Vaccination in Bombay 1874-1876 - 1874-1876
Year: 1874
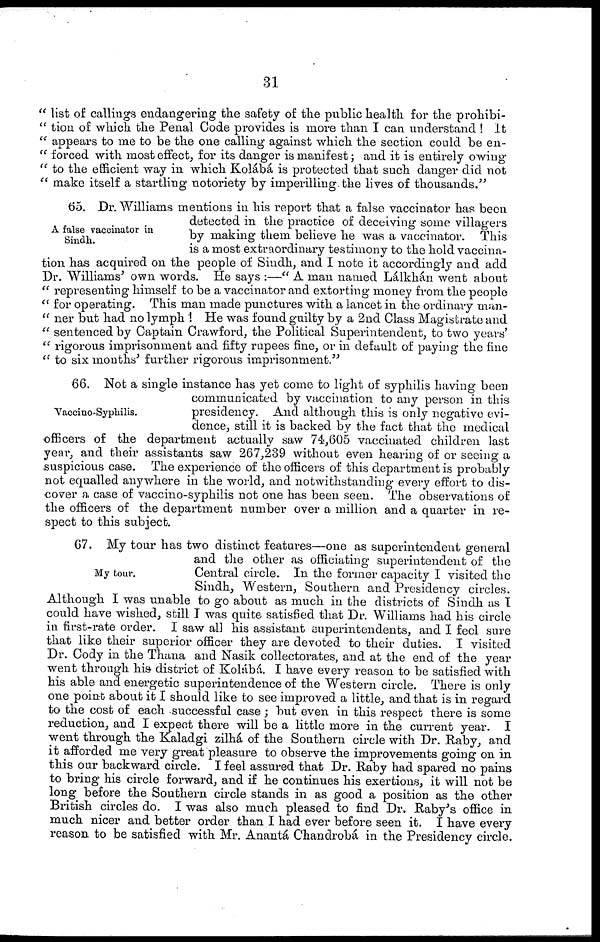
31
" list of callings endangering the safety of the public health for the prohibi¬
" tion of which the Penal Code provides is more than I can understand ! It
" appears to me to be the one calling against which the section could be en¬
" forced with most effect, for its danger is manifest; and it is entirely owing
" to the efficient way in which Kolábá is protected that such danger did not
" make itself a startling notoriety by imperilling the lives of thousands."
A false vaccinator in
Sindh.
65. Dr. Williams mentions in his report that a false vaccinator has been
detected in the practice of deceiving some villagers
by making them believe he was a vaccinator. This
is a most extraordinary testimony to the hold vaccina-
tion has acquired on the people of Sindh, and I note it accordingly and add
Dr. Williams' own words. He says :—" A man named Lálkhán went about
" representing himself to be a vaccinator and extorting money from the people
" for operating. This man made punctures with a lancet in the ordinary man¬
" ner but had no lymph 1 He was found guilty by a 2nd Class Magistrate and
" sentenced by Captain Crawford, the Political Superintendent, to two years'
" rigorous imprisonment and fifty rupees fine, or in default of paying the fine
" to six months' further rigorous imprisonment."
Vaccino-Syphilis.
66. Not a single instance has yet come to light of syphilis having been
communicated by vaccination to any person in this
presidency. And although this is only negative evi-
dence, still it is backed by the fact that the medical
officers of the department actually saw 74,605 vaccinated children last
year, and their assistants saw 267,239 without even hearing of or seeing a
suspicious case. The experience of the officers of this department is probably
not equalled anywhere in the world, and notwithstanding every effort to dis-
cover a case of vaccino-syphilis not one has been seen. The observations of
the officers of the department number over a million and a quarter in re-
spect to this subject.
My tour.
67. My tour has two distinct features—one as superintendent general
and the other as officiating superintendent of the
Central circle. In the former capacity I visited the
Sindh, Western, Southern and Presidency circles.
Although I was unable to go about as much in the districts of Sindh as I
could have wished, still I was quite satisfied that Dr. Williams had his circle
in first-rate order. I saw all his assistant superintendents, and I feel sure
that like their superior officer they are devoted to their duties. I visited
Dr. Cody in the Thana and Nasik collectorates, and at the end of the year
went through his district of Kolábá I have every reason to be satisfied with
his able and energetic superintendence of the Western circle. There is only
one point about it I should like to see improved a little, and that is in regard
to the cost of each successful case ; but even in this respect there is some
reduction, and I expect there will be a little more in the current year. I
went through the Kaladgi zilhá of the Southern circle with Dr. Raby, and
it afforded me very great pleasure to observe the improvements going on in
this our backward circle. I feel assured that Dr. Raby had spared no pains
to bring his circle forward, and if he continues his exertions, it will not be
long before the Southern circle stands in as good a position as the other
British circles do. I was also much pleased to find Dr. Raby's office in
much nicer and better order than I had ever before seen it. I have every
reason to be satisfied with Mr. Anantá Chandrobá in the Presidency circle.